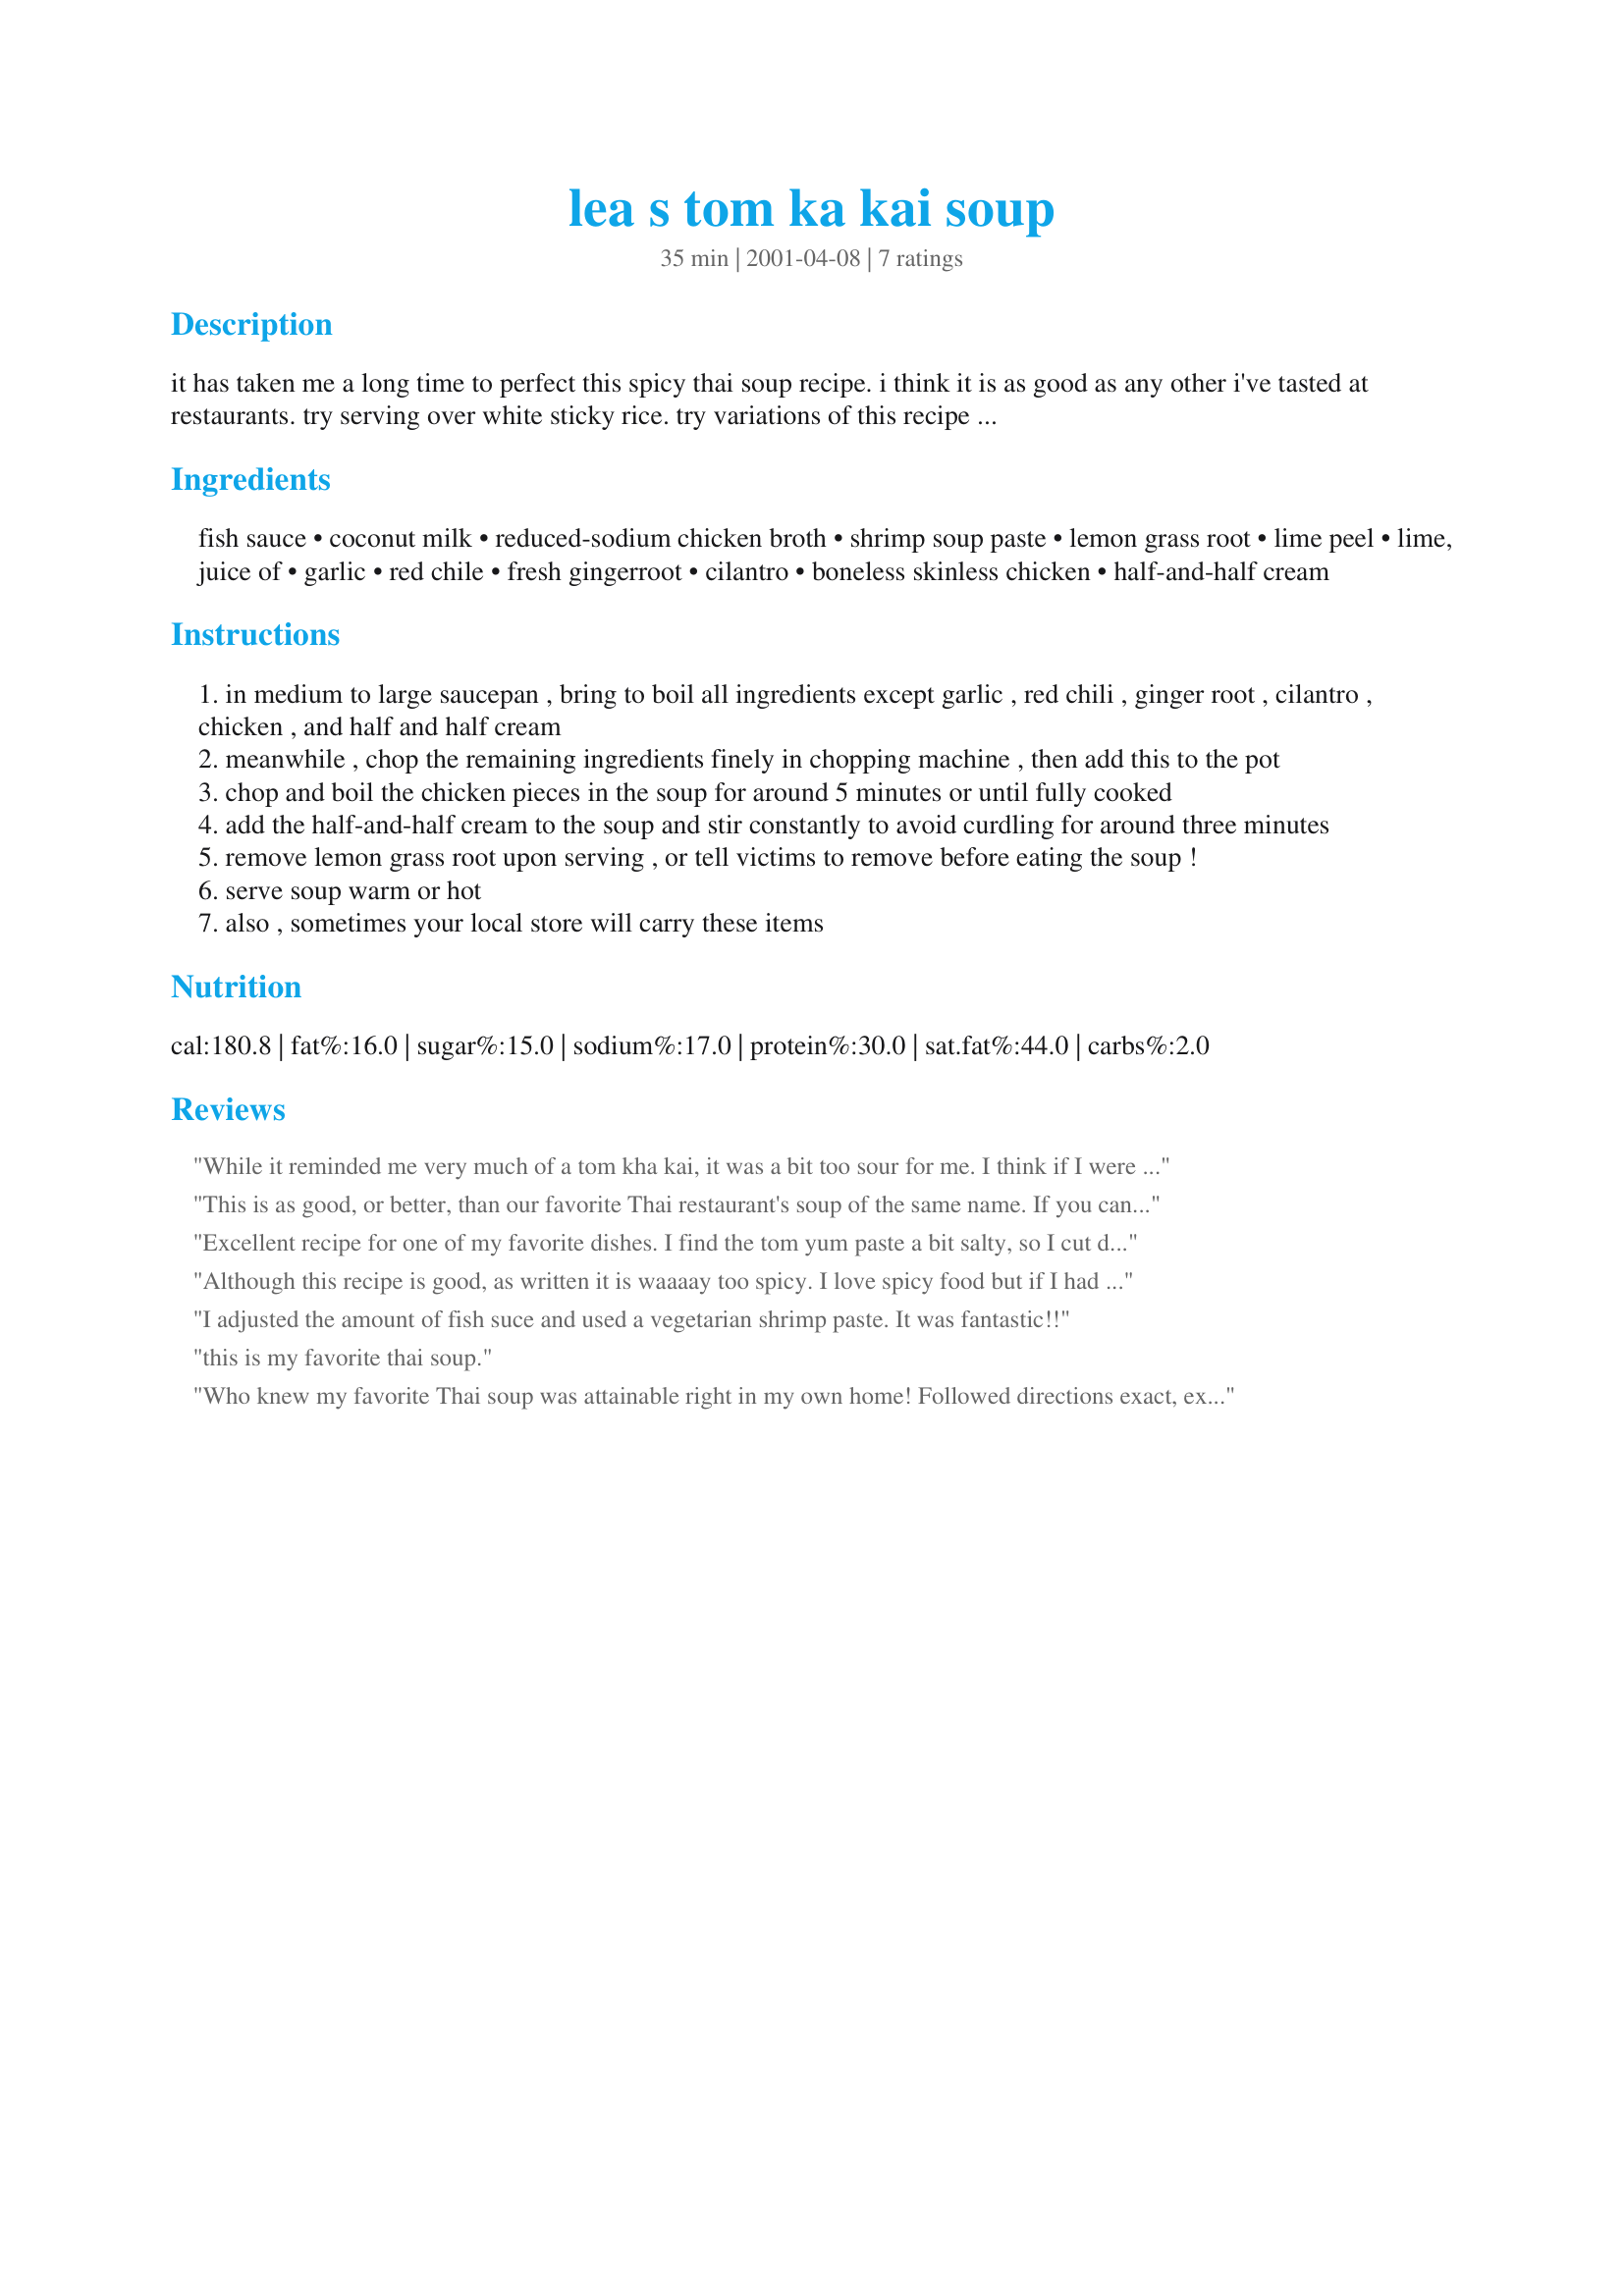
lea s tom ka kai soup
Preparation time: 35 minutes

it has taken me a long time to perfect this spicy thai soup recipe. i think it is as good as any other i've tasted at restaurants. try serving over white sticky rice. try variations of this recipe until you find what you like. if you don't like coconut milk, try the

Ingredients:
fish sauce, coconut milk, reduced-sodium chicken broth, shrimp soup paste, lemon grass root, lime peel, lime, juice of, garlic, red chile, fresh gingerroot, cilantro, boneless skinless chicken, half-and-half cream

Steps:
in medium to large saucepan , bring to boil all ingredients except garlic , red chili , ginger root , cilantro , chicken , and half and half cream
meanwhile , chop the remaining ingredients finely in chopping machine , then add this to the pot
chop and boil the chicken pieces in the soup for around 5 minutes or until fully cooked
add the half-and-half cream to the soup and stir constantly to avoid curdling for around three minutes
remove lemon grass root upon serving , or tell victims to remove before eating the soup !
serve soup warm or hot
also , sometimes your local store will carry these items

Reviews:
While it reminded me very much of a tom kha kai, it was a bit too sour for me. I think if I were to make this next time, i'd probably just squeeze in a bit of lime and adjust it according to taste. I also replaced champignon mushrooms in place of the chicken, and it worked very well together.
This is as good, or better, than our favorite Thai restaurant's soup of the same name. If you can find an Oriental market they should have the different kinds of ingredients that Thai cooking requires. We totally LOVED this interpretation of the famous Thai soup! Ya' done good kid!
Excellent recipe for one of my favorite dishes. I find the tom yum paste a bit salty, so I cut down the amount by half and added a teaspoon of chili garlic paste for heat. Really yummy!
Although this recipe is good, as written it is waaaay too spicy. I love spicy food but if I had used everything it suggests I would be pouring milk down my throat all night long. I used only 1 1/2 T. of the Tom Yum paste and after tasting the soup I omitted the red chili all together. I also added 1 red pepper, 1 onion and 1 portobella mushroom all sliced. It was delicious.
I adjusted the amount of fish suce and used a vegetarian shrimp paste. It was fantastic!!
this is my favorite thai soup.
Who knew my favorite Thai soup was attainable right in my own home! Followed directions exact, except added baby corn and some extra peppers! Love that Spice! Would have liked some extra coconuty-ness in there too, will have to experiment with that... hmm, shaved coconut?
